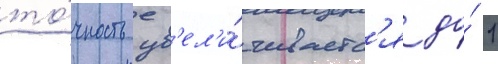
то́чность ув'ел'и́чиваетс'я до́ 1